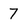
Character: 7